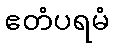
ဧတံပရမံ